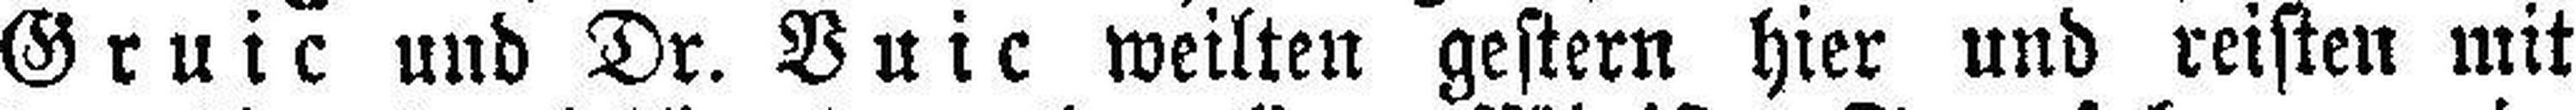
Gruic und Dr. Vuic weilten gestern hier und reisten mit